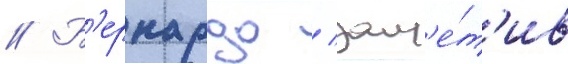
// Б'ернардо / зам'е́т'ив